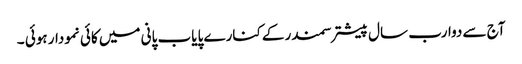
آج سے دوارب سال پیشتر سمندر کےکنارے پایاب پانی میں کائی نمودار ہوئی ۔